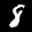
Label: 8